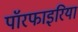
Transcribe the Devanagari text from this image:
पॉरफाइरिया